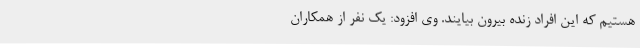
هستیم که این افراد زنده بیرون بیایند. وی افزود: یک نفر از همکاران